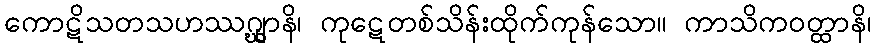
ကောဋိသတသဟဿဂ္ဃျာနိ၊ ကုဋေတစ်သိန်းထိုက်ကုန်သော။ ကာသိကဝတ္ထာနိ၊